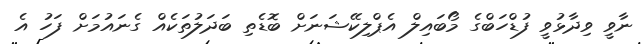
ނާވީ ވިދާޅުވީ ފުޑްހަބްގެ މޯބައިލް އެޕްލިކޭޝަނަށް ބޮޑެތި ބަދަލުތަކެއް ގެނައުމަށް ފަހު އެ